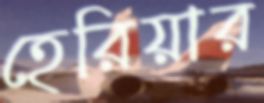
হেরিয়ার